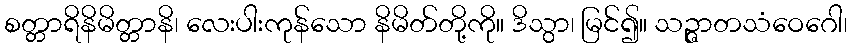
စတ္တာရိနိမိတ္တာနိ၊ လေးပါးကုန်သော နိမိတ်တို့ကို။ ဒိသွာ၊ မြင်၍။ သဉ္ဇာတသံဝေဂေါ၊